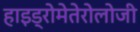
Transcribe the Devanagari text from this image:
हाइड्रोमेतेरोलोजी